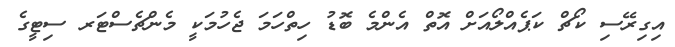
އިގިރޭސި ކޯޗް ކަޕެއްލޯއަށް އޮތް އެންމެ ބޮޑު ހިތްހަމަ ޖެހުމަކީ މެންޗެސްޓަރ ސިޓީގެ